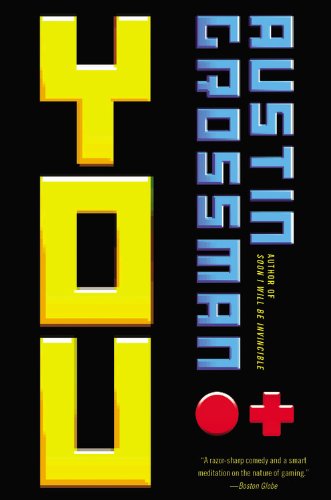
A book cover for You; Austin Grossman; Literature & Fiction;